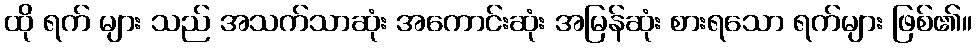
ထို ရက် များ သည် အသက်သာဆုံး အကောင်းဆုံး အမြန်ဆုံး စားရသော ရက်များ ဖြစ်၏။